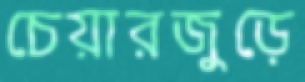
চেয়ারজুড়ে